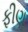
ફીણ